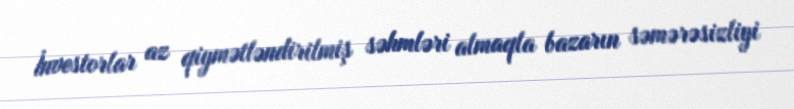
İnvestorlar az qiymətləndirilmiş səhmləri almaqla bazarın səmərəsizliyi